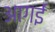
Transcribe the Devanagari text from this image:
आगईं